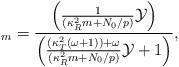
LaTeX: \begin{align*}_{m}\overset{}=\frac{\left(\frac{1}{(\kappa^{2}_{R}m+N_{0}/p)}\mathcal{Y}\right)}{\left(\frac{(\kappa^{2}_{T}(\omega+1))+\omega}{(\kappa^{2}_{R}m+N_{0}/p)}\mathcal{Y}+1\right)},\end{align*}